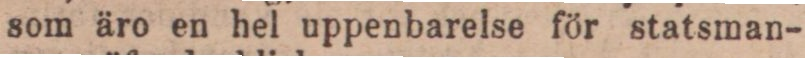
som äro en hel uppenbarelse för statsman-